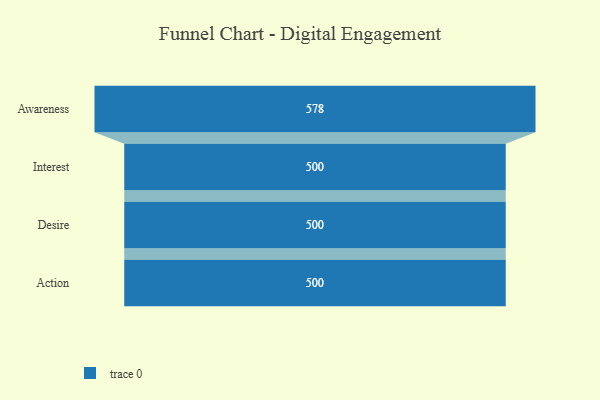
{"axis": {"x": "Stage", "y": "Value"}, "legend": [""], "data": [{"x": "Awareness", "y": 578.0, "type": ""}, {"x": "Interest", "y": 500, "type": ""}, {"x": "Desire", "y": 500, "type": ""}, {"x": "Action", "y": 500, "type": ""}]}